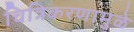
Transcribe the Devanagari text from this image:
चित्रिकरणामुळे